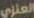
العنزي